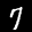
Label: 7